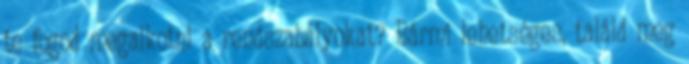
te fogod megalkotni a rendszabályokat? Bármi lehetséges, találd meg